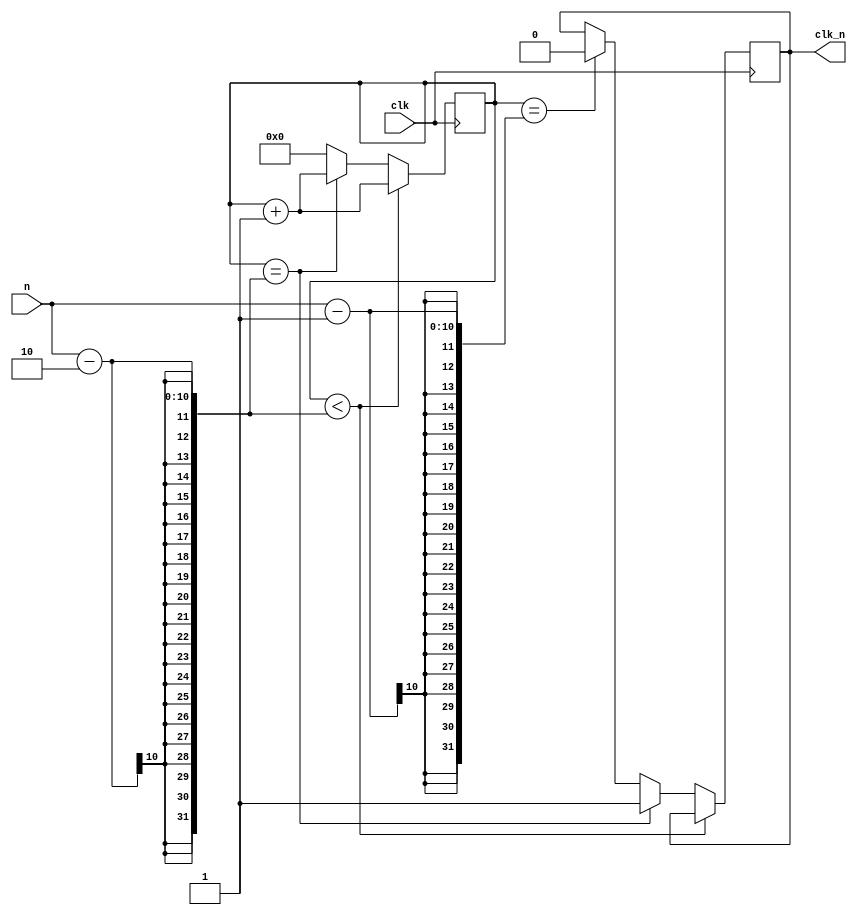
module CLK_n(								//
input 				clk,					//1kHz
input 		[9:0]	n,						//1000
output reg 			clk_n					//n
);

reg 			[9:0]	count; 

initial begin
	count<=0;
	clk_n=0;
end

//n-1clk
always@(posedge clk)begin				
	if(count<n-2)count<=count+1;
	else if(count==n-2)begin
		clk_n<=1;
		count<=count+1;
	end
	else if(count==n-1)begin
		clk_n<=0;
		count<=0;
	end
	else count<=0;
end

endmodule